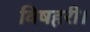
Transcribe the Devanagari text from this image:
विषहरी।